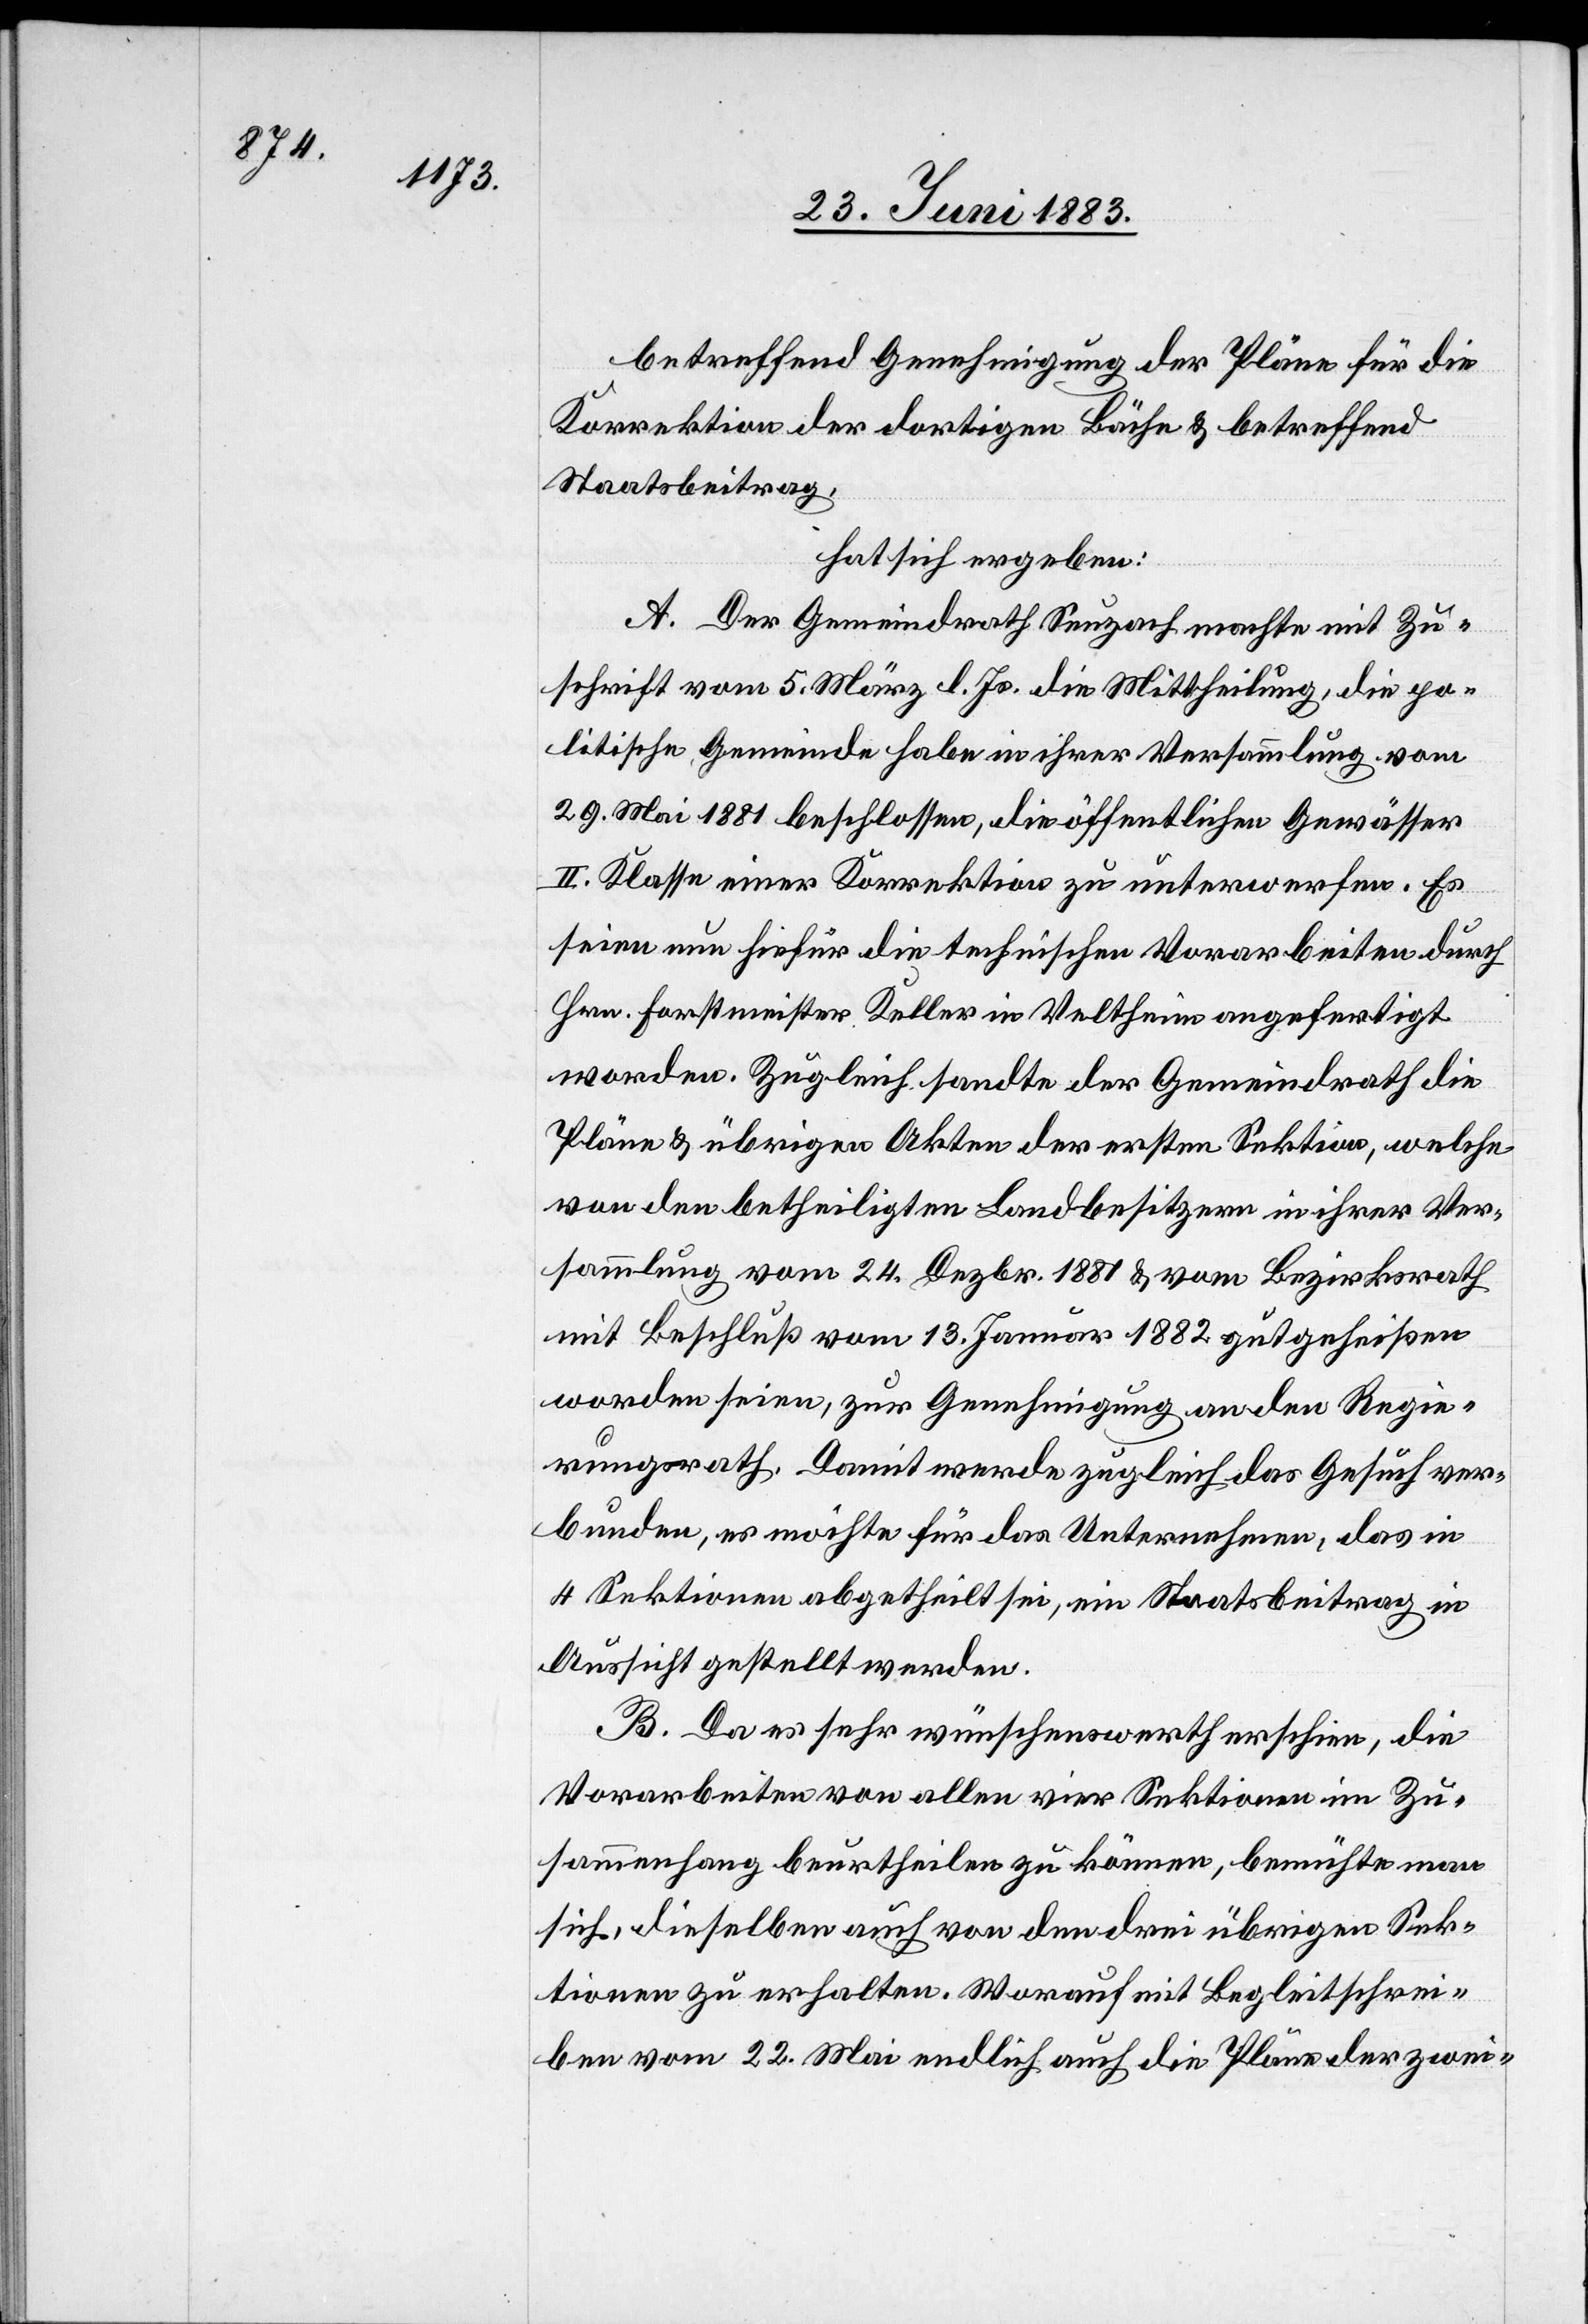
betreffend Genehmigung der Pläne für die
Korrektion der dortigen Bäche & betreffend
Staatsbeitrag,
hat sich ergeben:
A. Der Gemeindrath Seuzach machte mit Zu¬
schrift vom 5. März l. Js. die Mittheilung, die po¬
litische Gemeinde habe in ihrer Versammlung vom
29. Mai 1881 beschlossen, die öffentlichen Gewässer
II. Klasse einer Korrektion zu unterwerfen. Es
seien nun hiefür die technischen Vorarbeiten durch
Hrn. Forstmeister Keller in Veltheim angefertigt
worden. Zugleich sandte der Gemeindrath die
Pläne & übrigen Akten der ersten Sektion, welche
von den betheiligten Landbesitzern in ihrer Ver¬
sammlung vom 24. Dezbr. 1881 & vom Bezirksrath
mit Beschluß vom 13. Januar 1882 gutgeheißen
worden seien, zur Genehmigung an den Regie¬
rungsrath. Damit werde zugleich das Gesuch ver¬
bunden, es möchte für das Unternehmen, das in
4 Sektionen abgetheilt sei, ein Staatsbeitrag in
Aussicht gestellt werden.
B. Da es sehr wünschenswerth erscheine, die
Vorarbeiten von allen vier Sektionen im Zu¬
sammenhang beurtheilen zu können, bemühte man
sich, dieselben auch von den drei übrigen Sek¬
tionen zu erhalten. Worauf mit Begleitschrei¬
ben vom 22. Mai endlich auch die Pläne der zwei-